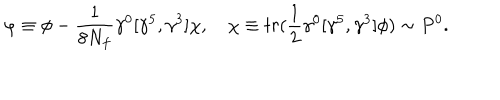
LaTeX: \varphi \equiv \phi - { \frac { 1 } { 8 N _ { f } } } \gamma ^ { 0 } [ \gamma ^ { 5 } , \gamma ^ { 3 } ] \chi , \quad \chi \equiv t r ( { \frac { 1 } { 2 } } \gamma ^ { 0 } [ \gamma ^ { 5 } , \gamma ^ { 3 } ] \phi ) \sim P ^ { 0 } .